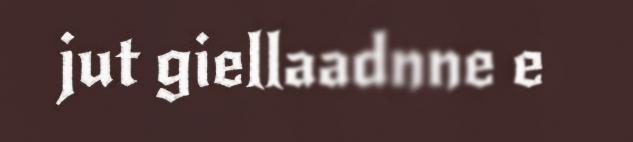
jut giellaadnne e